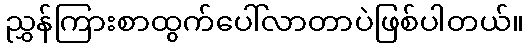
ညွှန်ကြားစာထွက်ပေါ်လာတာပဲဖြစ်ပါတယ်။